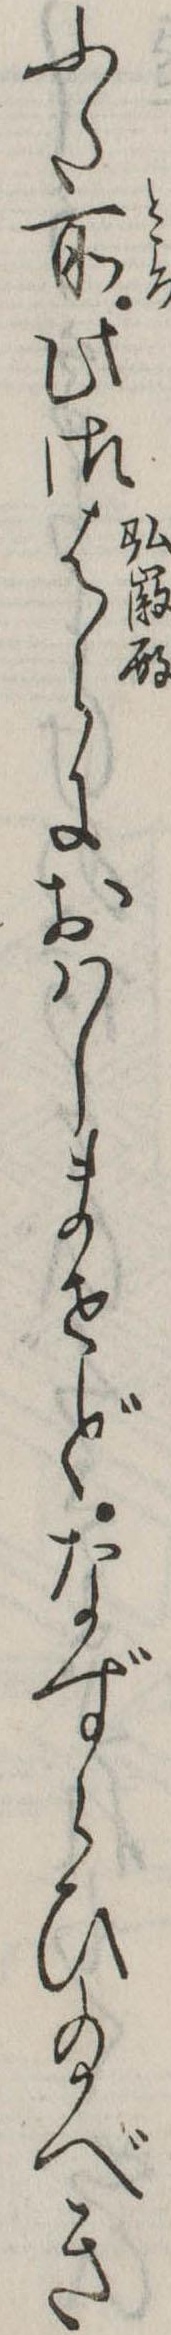
ふた所此御はらにおはしませどなずらひ給べき